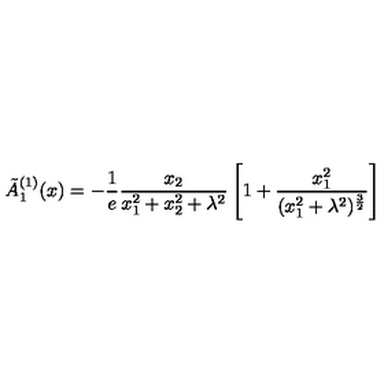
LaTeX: \tilde { A } _ { 1 } ^ { ( 1 ) } ( x ) = - \frac { 1 } { e } \frac { x _ { 2 } } { x _ { 1 } ^ { 2 } + x _ { 2 } ^ { 2 } + \lambda ^ { 2 } } \left[ 1 + \frac { x _ { 1 } ^ { 2 } } { ( x _ { 1 } ^ { 2 } + \lambda ^ { 2 } ) ^ { \frac { 3 } { 2 } } } \right]